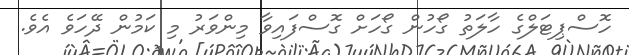
ހޮސްޕިޓަލްގެ ހާލަތު ގޯހުން ގޯހަށް ގޮސްފައިވާ މިންވަރު މި ކަމުން ދޭހަވެ އެވެ.